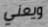
ويعني